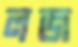
লজ